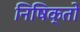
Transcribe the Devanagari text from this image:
निषिक्तो